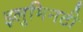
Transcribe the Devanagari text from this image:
इलुमिनटी